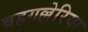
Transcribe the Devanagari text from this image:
वहगल्लेरिया